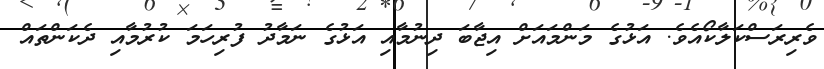
ވެރިރަސްކަލާކޯއެވެ. އަޅުގެ މަންމައަށް އިޖާބަ ދިނުމާއި އަޅުގެ ނަމާދު ފުރިހަމަ ކުރުމާއި ދެކަންތައް